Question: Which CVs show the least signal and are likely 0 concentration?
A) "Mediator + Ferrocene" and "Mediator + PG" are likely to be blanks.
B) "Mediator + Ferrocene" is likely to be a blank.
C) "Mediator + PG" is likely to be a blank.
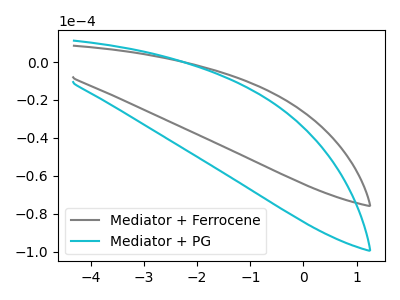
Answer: <think>The gray curve "Mediator + Ferrocene" has no peaks. The cyan curve "Mediator + PG" has no peaks.</think>
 <answer>A) "Mediator + Ferrocene" and "Mediator + PG" are likely to be blanks.</answer>
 <eval>A</eval>